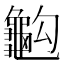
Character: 𪚭